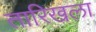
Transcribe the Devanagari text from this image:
तारिखला